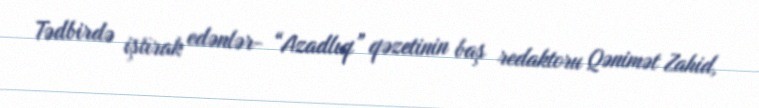
Tədbirdə iştirak edənlər- “Azadlıq” qəzetinin baş redaktoru Qənimət Zahid,